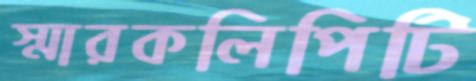
স্মারকলিপিটি